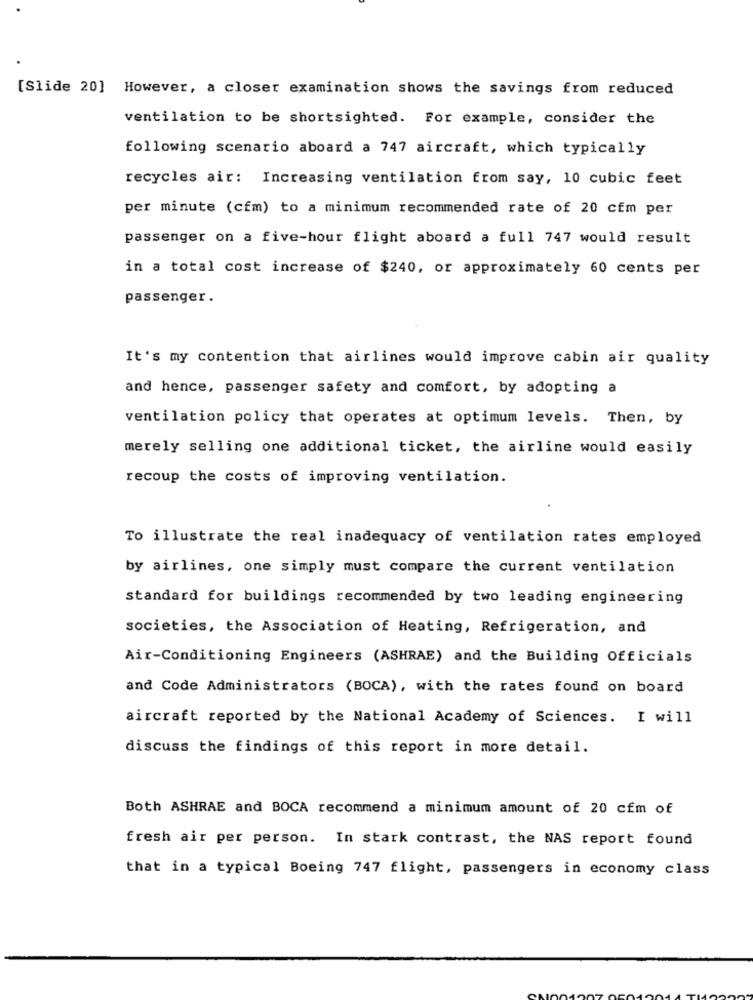
[Slide 20] However, a closer examination shows the savings from reduced
ventilation to be shortsighted. For example, consider the
following scenario aboard a 747 aircraft, which typically
recycles air: Increasing ventilation from say, 10 cubic feet
per minute (cfm) to a minimum recommended rate of 20 cfm per
passenger on a five-hour flight aboard a full 747 would result
in a total cost increase of $240, or approximately 60 cents per
passenger.
It's my contention that airlines would improve cabin air quality
and hence, passenger safety and comfort, by adopting a
ventilation policy that operates at optimum levels. Then, by
merely selling one additional ticket, the airline would easily
recoup the costs of improving ventilation.
To illustrate the real inadequacy of ventilation rates employed
by airlines, one simply must compare the current ventilation
standard for buildings recommended by two leading engineering
societies, the Association of Heating, Refrigeration, and
Air-Conditioning Engineers (ASHRAE) and the Building Officials
and Code Administrators (BOCA), with the rates found on board
aircraft reported by the National Academy of Sciences. I will
discuss the findings of this report in more detail.
Both ASHRAE and BOCA recommend a minimum amount of 20 cfm of
fresh air per person. In stark contrast, the NAS report found
that in a typical Boeing 747 flight, passengers in economy class